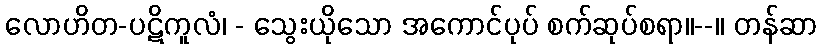
လောဟိတ-ပဋိကူလံ၊ - သွေးယိုသော အကောင်ပုပ် စက်ဆုပ်စရာ။--။ တန်ဆာ